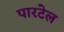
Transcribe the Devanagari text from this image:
पारटेल